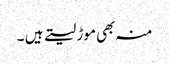
منہ بھی موڑ لیتے ہیں ۔